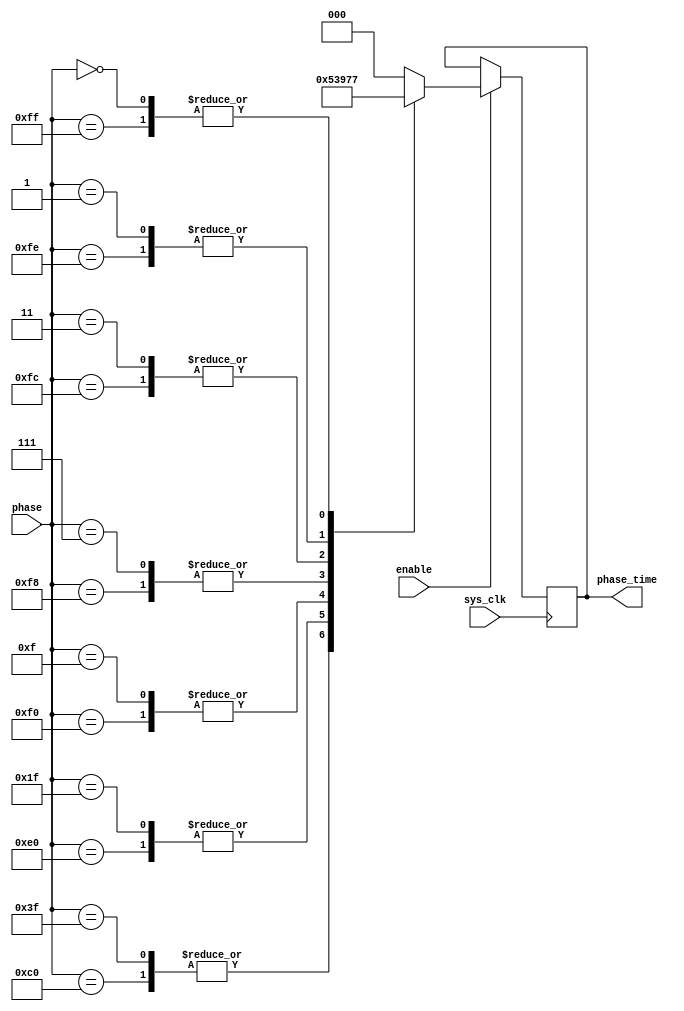
/**
	******************************************************************************
 * Copyright(c) 2019 Tsinghua University
 * All rights reserved
 *
 * tdc_phase_encoder.v: Time to digital convertor based on multi-phase clock sample.
 * Coarse time is based on main clock. Fine time is 1 / 8 of the main clock.
	******************************************************************************
*/

module tdc_phase_encoder
(
	input				sys_clk,

    input               enable,
    input[7:0]          phase,
	(*mark_debug = "true"*)output reg[2:0]     phase_time       // The time by multi-phase shift.
);

always@(posedge sys_clk)
begin
	if(enable) begin 
        case(phase)
            8'b01111111, 8'b10000000: begin
                phase_time <= 3'd0;
            end
            8'b00111111, 8'b11000000: begin
                phase_time <= 3'd1;
            end
            8'b00011111, 8'b11100000: begin
                phase_time <= 3'd2;
            end
            8'b00001111, 8'b11110000: begin
                phase_time <= 3'd3;
            end
            8'b00000111, 8'b11111000: begin
                phase_time <= 3'd4;
            end
            8'b00000011, 8'b11111100: begin
                phase_time <= 3'd5;
            end
            8'b00000001, 8'b11111110: begin
                phase_time <= 3'd6;
            end
            8'b00000000, 8'b11111111: begin
                phase_time <= 3'd7;
            end
            default: begin
                phase_time <= 3'd0;
            end
        endcase
    end
end

endmodule